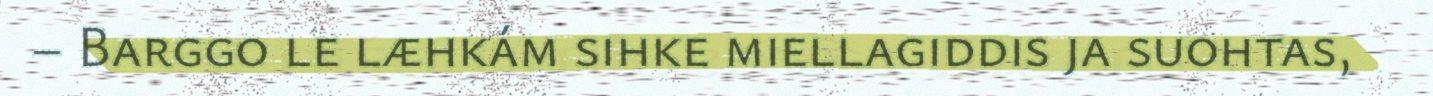
– Barggo le læhkám sihke miellagiddis ja suohtas,